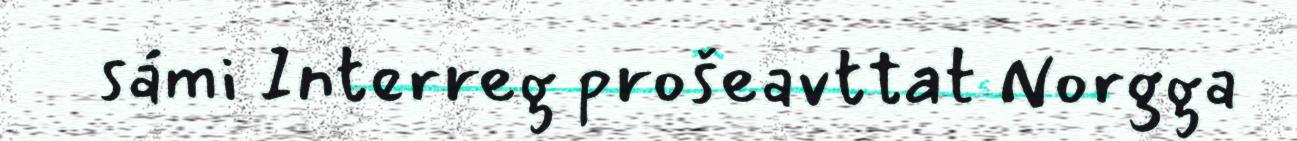
sámi Interreg prošeavttat Norgga